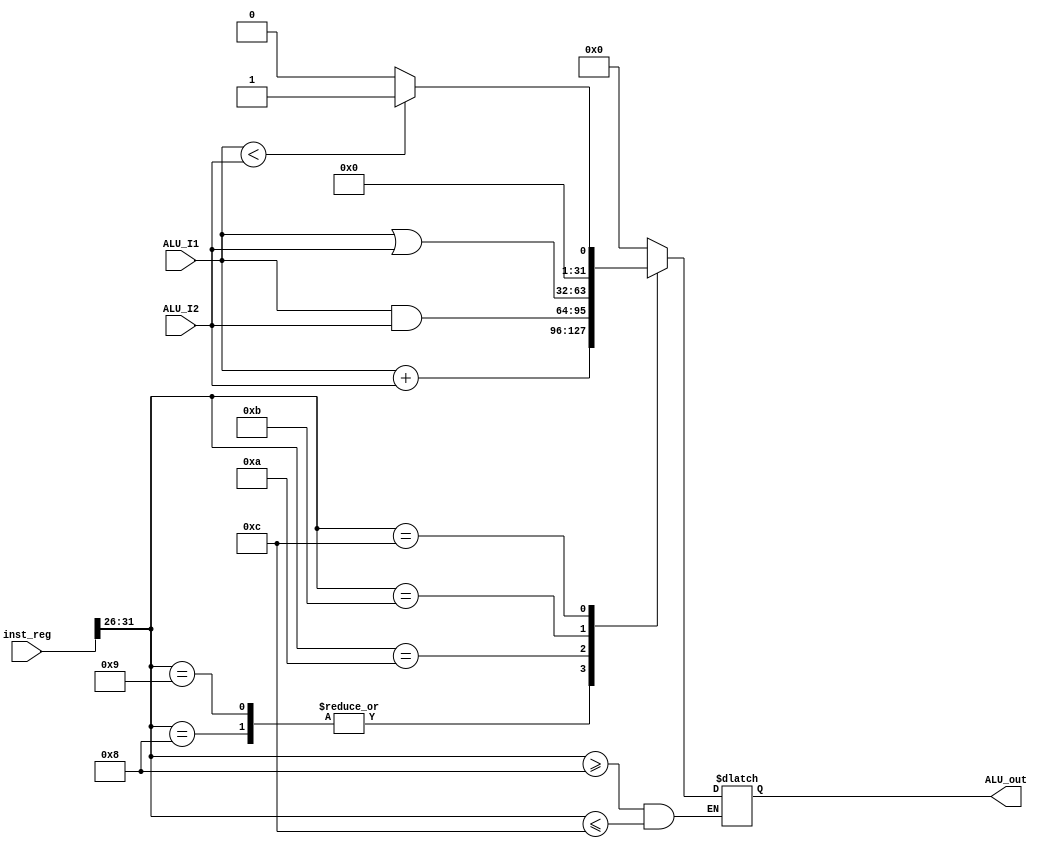
// 190154 Anmol Pabla   190620 Pranab Pandey
module I_ALU(inst_reg, ALU_I1, ALU_I2, ALU_out);
    
    input[31:0] inst_reg;
    input [31:0] ALU_I1;
    input [15:0] ALU_I2;
    output reg[31:0] ALU_out;

    always@(*)
    begin
      if(inst_reg[31:26]>=8 && inst_reg[31:26]<=12) begin
        
          case(inst_reg[31:26])
          8: // addi
            ALU_out = ALU_I1 + ALU_I2 ; 
          9: // addiu
            ALU_out = ALU_I1 + ALU_I2 ;
          10: // andi
            ALU_out = ALU_I1 & ALU_I2 ;
          11: // ori
            ALU_out = ALU_I1 | ALU_I2 ;
          12: // slti
            ALU_out = (ALU_I1<ALU_I2)?1:0;
          default: ALU_out = 32'b00000000000000000000000000000000;
          endcase
      end
    
    end


endmodule